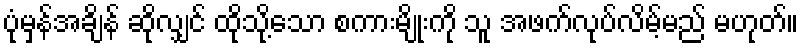
ပုံမှန်အချိန် ဆိုလျှင် ထိုသို့သော စကားမျိုးကို သူ အဖက်လုပ်လိမ့်မည် မဟုတ်။